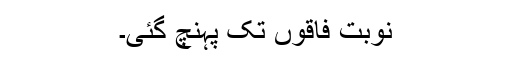
نوبت فاقوں تک پہنچ گئی۔